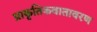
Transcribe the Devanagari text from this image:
प्राकृतिकवातावरण